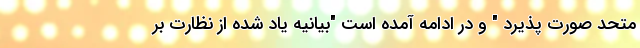
متحد صورت پذیرد " و در ادامه آمده است "بیانیه یاد شده از نظارت بر